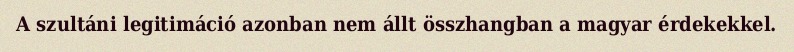
A szultáni legitimáció azonban nem állt összhangban a magyar érdekekkel.